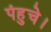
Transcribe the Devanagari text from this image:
पंहुचे।